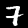
Label: 7